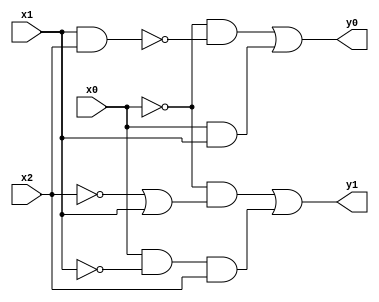
module first(input x0, x1, x2, output y0, y1);
  assign y0 = ~x0 & ~(x1 & x2) | x0 & x1;
  assign y1 = ~x0 & (~x2 | x1) | x0 & ~x1 & x2;
endmodule